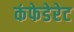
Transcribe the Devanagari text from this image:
कंफेडेरेट